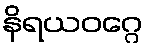
နိရယဝဂ္ဂေ